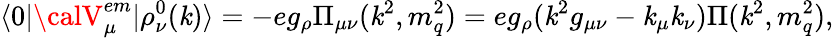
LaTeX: \langle0|{\calV}_{\mu}^{em}|\rho_{\nu}^{0}(\mathit{k})\rangle=-eg_{\rho}\Pi_{\mu\nu}(\mathit{k}^{2},m_{q}^{2})=eg_{\rho}(\mathit{k}^{2}g_{\mu\nu}-\mathit{k}_{\mu}\mathit{k}_{\nu})\Pi(\mathit{k}^{2},m_{q}^{2}),